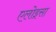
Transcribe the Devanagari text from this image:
एलोइसा